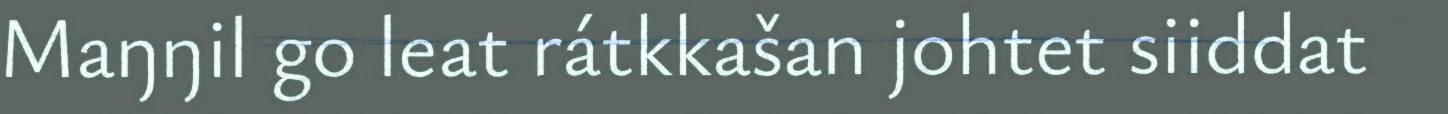
Maŋŋil go leat rátkkašan johtet siiddat